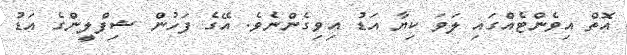
އޮތް އިވެންޓެއްގައި ލަވަ ކިޔާ އަޑު އިވިގެންނެވެ. އޭގެ ފަހުން ޝިފްލީންގެ އަޑު